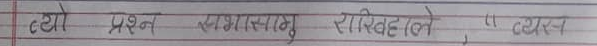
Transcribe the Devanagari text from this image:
त्यो प्रश्न सङ्गसामु राखिदले । त्यो -1